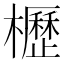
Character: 櫪